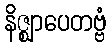
နိဇ္ဈာပေတဗ္ဗံ